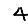
Digit: 4